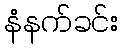
နံနက်ခင်း